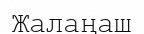
Жалаңаш